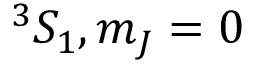
^ 3 S _ { 1 } , m _ { J } = 0